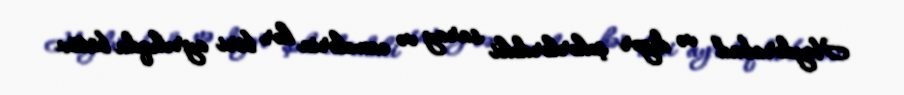
Heydərabad və digər şəhərlərdəki saray və camelərin hər biri ayrılıqda bütöv